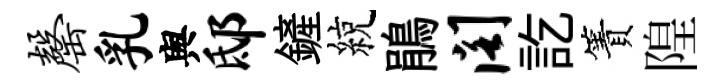
罄乳舆邸鏟綂鵑阁訖簀隍